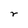
Character: r